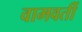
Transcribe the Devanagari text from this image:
वामवर्ती